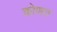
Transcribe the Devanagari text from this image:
कोणत